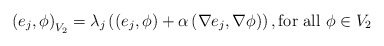
\begin{align*}\left(e_j,\phi\right)_{V_2}=\lambda_j\left(\left( e_j,\phi\right)+\alpha\left(\nabla e_j,\nabla\phi\right)\right),\mbox{for all} \ \phi\in V_2\end{align*}